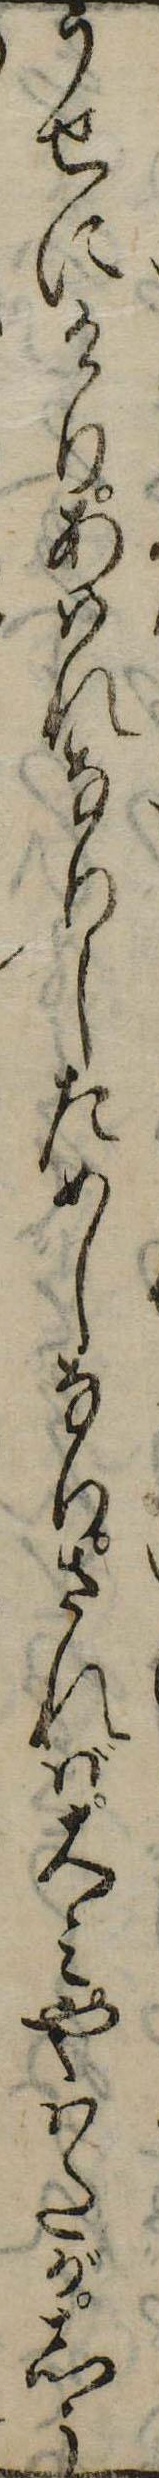
うせにけりあはれなりしためしなりされば大みやはたがしう